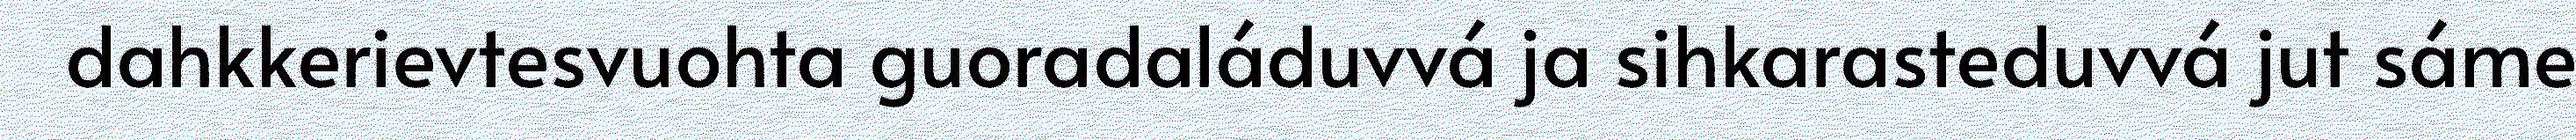
dahkkerievtesvuohta guoradaláduvvá ja sihkarasteduvvá jut sáme